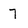
Character: 7